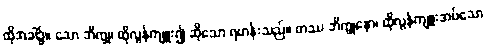
ထိုအခါ၌။ သော ဘိက္ခု၊ ထိုလွန်ကျူး၍ ဆိုသော ရဟန်းသည်။ တဿ ဘိက္ခုနော၊ ထိုလွန်ကျူးအပ်သော